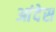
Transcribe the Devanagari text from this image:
आंदेस